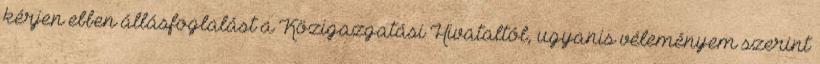
kérjen ebben állásfoglalást a Közigazgatási Hivataltól, ugyanis véleményem szerint